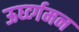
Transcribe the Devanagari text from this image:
ऊर्घ्व्गमन